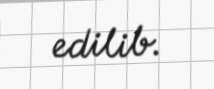
edilib.